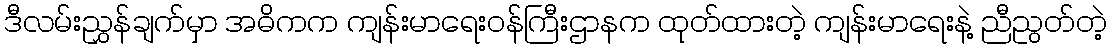
ဒီလမ်းညွှန်ချက်မှာ အဓိကက ကျန်းမာရေးဝန်ကြီးဌာနက ထုတ်ထားတဲ့ ကျန်းမာရေးနဲ့ ညီညွတ်တဲ့